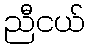
ညီငယ်